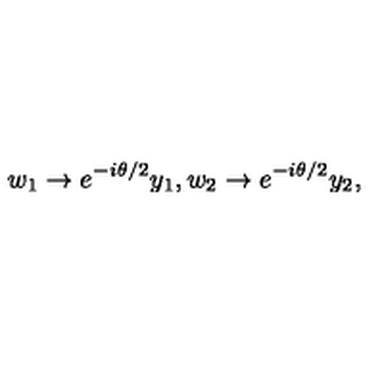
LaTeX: w _ { 1 } \to e ^ { - i \theta / 2 } y _ { 1 } , w _ { 2 } \to e ^ { - i \theta / 2 } y _ { 2 } ,